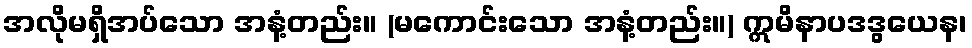
အလိုမရှိအပ်သော အနံ့တည်း။ (မကောင်းသော အနံ့တည်း။) ဣမိနာပဒဒွယေန၊